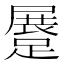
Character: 𨃨